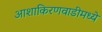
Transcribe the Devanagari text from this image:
आशाकिरणवाडीमध्ये